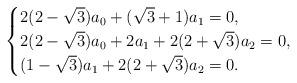
LaTeX: \begin{align*}\begin{cases}2(2-\sqrt{3})a_0+(\sqrt{3}+1)a_1=0,\\2(2-\sqrt{3})a_0+2a_1+2(2+\sqrt{3})a_2=0,\\(1-\sqrt{3})a_{1}+2(2+\sqrt{3})a_{2}=0.\end{cases}\end{align*}